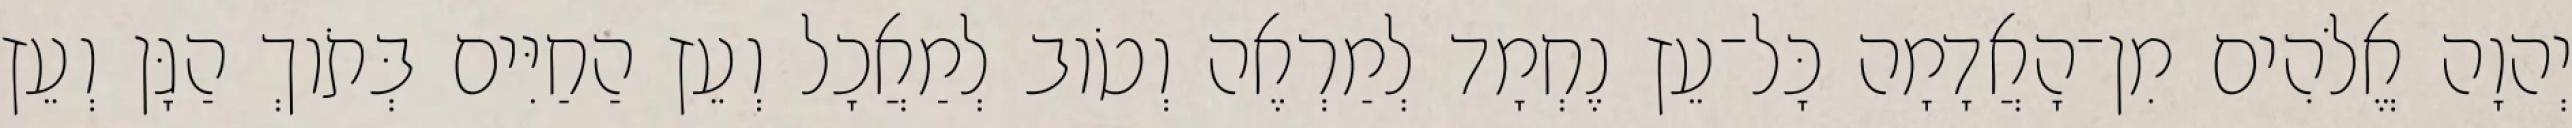
יְהוָה אֱלֹהִים מִן־הָאֲדָמָה כָּל־עֵץ נֶחְמָד לְמַרְאֶה וְטֹוב לְמַאֲכָל וְעֵץ הַחַיִּים בְּתֹוךְ הַגָּן וְעֵץ